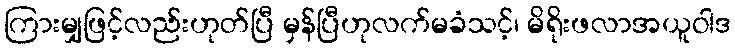
ကြားမျှဖြင့်လည်းဟုတ်ပြီ မှန်ပြီဟုလက်မခံသင့်၊ မိရိုးဖလာအယူဝါဒ